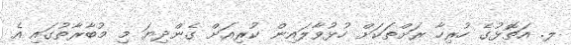
ލ. އަތޮޅުގެ ހުރިހާ ރަށްތަކަށް ހުޅުވާލައިން ކުރިއަށް ގެންދިޔަ މި މުބާރާތުގައި އެ